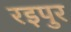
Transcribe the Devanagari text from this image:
रइपुर